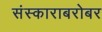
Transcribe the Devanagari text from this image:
संस्काराबरोबर